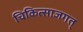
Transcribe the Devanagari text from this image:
चिकित्साजगत्